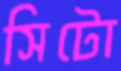
সিটো